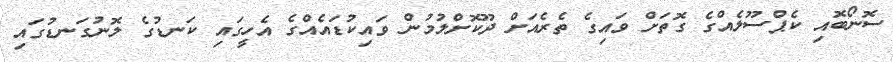
ސޮނޯބޮއި ކެޕްސޫލެއްގެ ގޮތަށް ވައިގެ ތެރެއަށް ދޫކޮށްލުމުން ވައިކުޑައެއްގެ އެހީގައި ކަނޑުގެ ލޮނުގަނޑުގައި